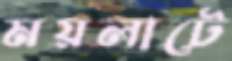
ময়লাটে